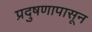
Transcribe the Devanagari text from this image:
प्रदुषणापासून